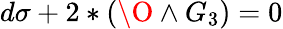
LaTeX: d\sigma+2*(\O\wedge G_{3})=0